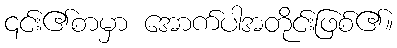
၎င်း၏စာမှာ အောက်ပါအတိုင်းဖြစ်၏။